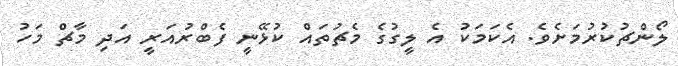
ލޯންޗުކުރުމަށެވެ. އެކަމަކު އެ ލީގުގެ މެޗުތައް ކުޅޭނީ ފެބްރުއަރީ އަދި މާޗް މަހު